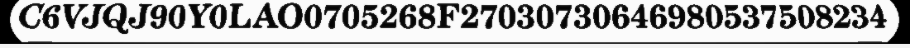
C6VJQJ90Y0LAO0705268F27030730646980537508234